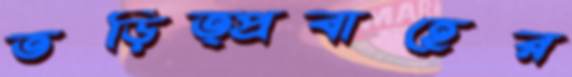
তড়িত্প্রবাহের